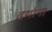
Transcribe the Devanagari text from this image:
ढगांना